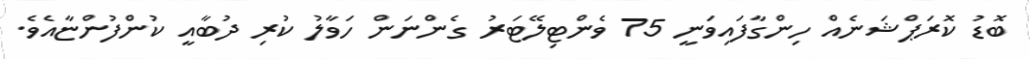
ބޮޑު ކޮރަޕްޝަނެއް ހިންގާފައިވަނީ 75 ވެންޓިލޭޓަރު ގެންނަން ހަވާލު ކުރި ދުބާއީ ކުންފުންޏާއެވެ.